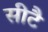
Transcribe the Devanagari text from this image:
सीटै